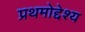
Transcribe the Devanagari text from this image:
प्रथमोद्देश्य